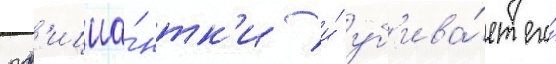
оф'ициа́нтк'и и́ уб'ива́ет его́